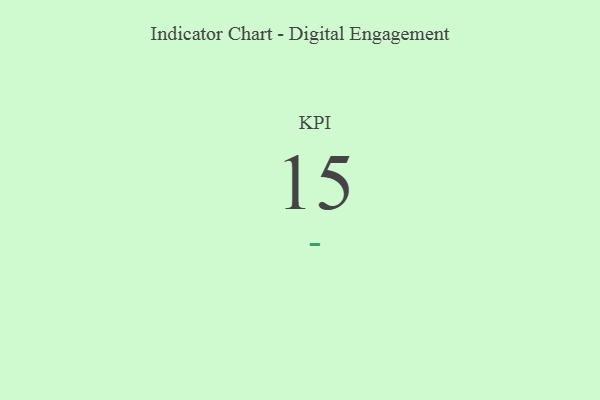
{"axis": {"x": "KPI", "y": "Value"}, "legend": [""], "data": [{"x": "KPI", "y": 15, "type": ""}]}